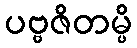
ပဗ္ဗဇိတမ္ပိ